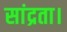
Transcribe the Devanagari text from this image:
सांद्रता।